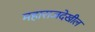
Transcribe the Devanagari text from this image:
महाराजदेखील